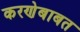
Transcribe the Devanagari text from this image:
करणेबाबत